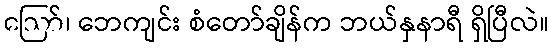
ဪ၊ ဘေကျင်း စံတော်ချိန်က ဘယ်နှနာရီ ရှိပြီလဲ။